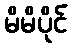
မိမိပိုင်